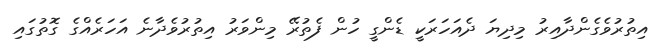
އިތުރުވެގެންދާއިރު މިދިޔަ ދެއަހަރަކީ ޑެންގީ ހުން ފެތުރޭ މިންވަރު އިތުރުވެދާނެ އަހަރެއްގެ ގޮތުގައި